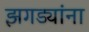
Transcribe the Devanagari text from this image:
झगड्यांना